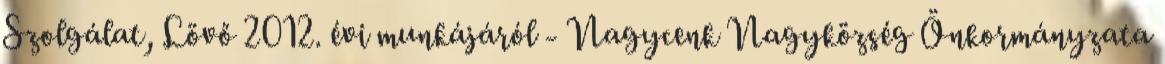
Szolgálat, Lövő 2012. évi munkájáról - Nagycenk Nagyközség Önkormányzata